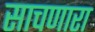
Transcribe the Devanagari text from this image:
साचणारा